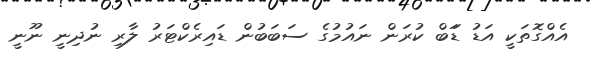
އެއްގޮތަކީ އަޑު ޑަަބް ކުރަން ނައުމުގެ ސަބަބުން ޑައިރެކްޓަރު ލާރި ނުދިނީ ނޫނީ